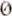
0